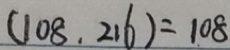
( 1 0 8 . 2 1 6 ) = 1 0 8